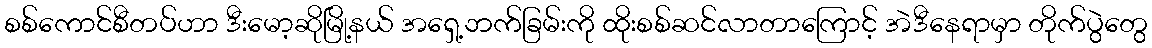
စစ်ကောင်စီတပ်ဟာ ဒီးမော့ဆိုမြို့နယ် အရှေ့ဘက်ခြမ်းကို ထိုးစစ်ဆင်လာတာကြောင့် အဲဒီနေရာမှာ တိုက်ပွဲတွေ